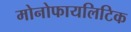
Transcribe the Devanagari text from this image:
मोनोफायलिटिक